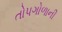
તોપગોળાની